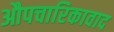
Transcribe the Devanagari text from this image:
औपचारिकावाद